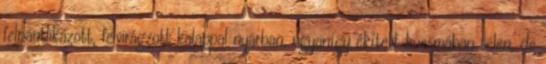
felpántlikázott, felvirágzott kalappal nyárban, ugyanígy ékített kucsmában télen, de